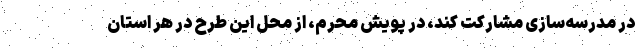
در مدرسه‌سازی مشارکت کند، در پویش محرم، از محل این طرح در هر استان